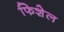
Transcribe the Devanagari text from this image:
फिशेल